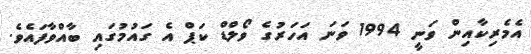
އެމެރިކާއިން ވަނީ 1994 ވަނަ އަހަރުގެ ވޯލްޑް ކަޕް އެ ގައުމުގައި ބާއްވާފައެވެ.